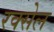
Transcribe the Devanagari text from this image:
रक्सेल